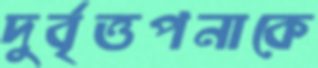
দুর্বৃত্তপনাকে